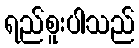
ရည်စူးပါသည်